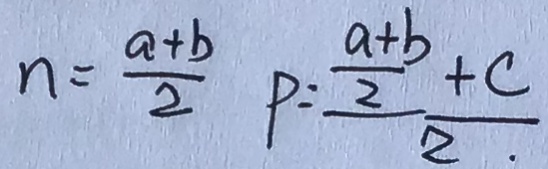
n = \frac { a + b } { 2 } p = \frac { \frac { a + b } { 2 } + c } { 2 \cdot }